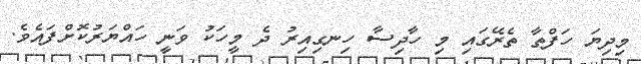
މިދިޔަ ހަފްތާ ތެރޭގައި މި ހާދިސާ ހިނގިއިރު ދެ މީހަކު ވަނީ ހައްޔަރުކޮށްފައެވެ.